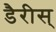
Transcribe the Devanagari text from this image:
डैरीस्